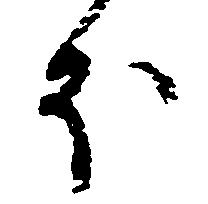
ほ